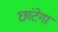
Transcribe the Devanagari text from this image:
छांटेगा